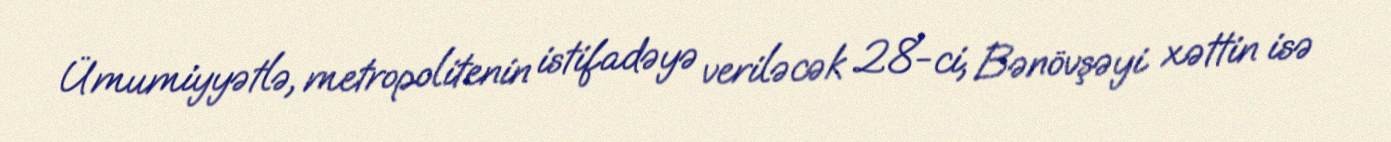
Ümumiyyətlə, metropolitenin istifadəyə veriləcək 28-ci, Bənövşəyi xəttin isə